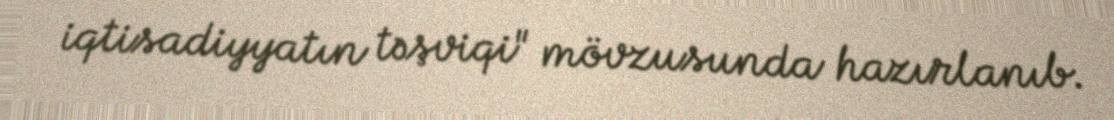
iqtisadiyyatın təşviqi" mövzusunda hazırlanıb.